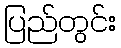
ပြည်တွင်း